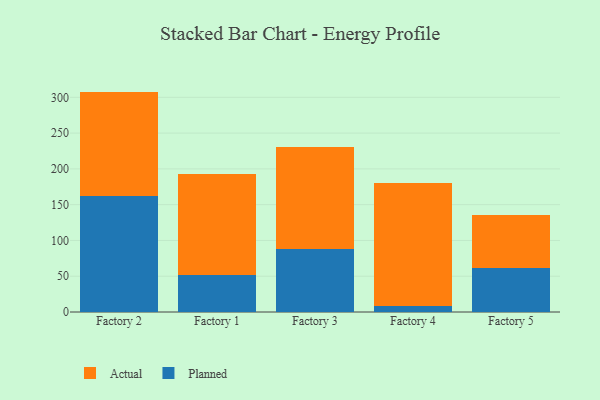
{"axis": {"x": "Factory", "y": "Temperature (°C)"}, "legend": ["Actual", "Planned"], "data": [{"x": "Factory 2", "y": 162.8, "type": "Planned"}, {"x": "Factory 2", "y": 145.2, "type": "Actual"}, {"x": "Factory 1", "y": 51.7, "type": "Planned"}, {"x": "Factory 1", "y": 141.0, "type": "Actual"}, {"x": "Factory 3", "y": 88.3, "type": "Planned"}, {"x": "Factory 3", "y": 142.0, "type": "Actual"}, {"x": "Factory 4", "y": 8.5, "type": "Planned"}, {"x": "Factory 4", "y": 172.4, "type": "Actual"}, {"x": "Factory 5", "y": 61.5, "type": "Planned"}, {"x": "Factory 5", "y": 74.5, "type": "Actual"}]}